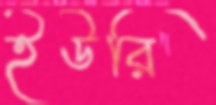
ইউরি